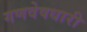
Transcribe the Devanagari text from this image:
गणवेषधारी